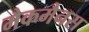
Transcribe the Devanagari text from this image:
मैकमैनस